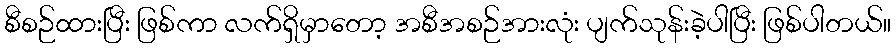
စီစဉ်ထားပြီး ဖြစ်ကာ လက်ရှိမှာတော့ အစီအစဉ်အားလုံး ပျက်သုန်းခဲ့ပါပြီး ဖြစ်ပါတယ်။